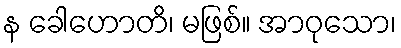
န ခေါဟောတိ၊ မဖြစ်။ အာဝုသော၊